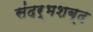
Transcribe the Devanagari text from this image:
संदर्भशब्द